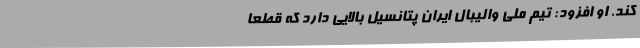
کند. او افزود: تیم‌ ملی والیبال ایران پتانسیل بالایی دارد که قطعا